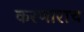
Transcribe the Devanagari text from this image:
करणाराच